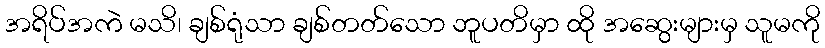
အရိပ်အကဲ မသိ၊ ချစ်ရုံသာ ချစ်တတ်သော ဘူပတိမှာ ထို အဆွေးများမှ သူမကို